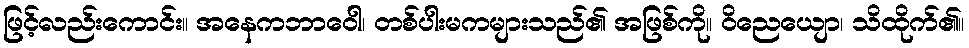
ဖြင့်လည်းကောင်း။ အနေကဘာဝေါ၊ တစ်ပါးမကများသည်၏ အဖြစ်ကို။ ဝိညေယျော၊ သိထိုက်၏။